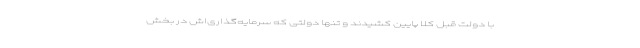
با دولت قبل کلاً پایین کشیدند و تنها دولتی که سرمایه‌گذاری‌اش در بخش